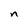
Character: n